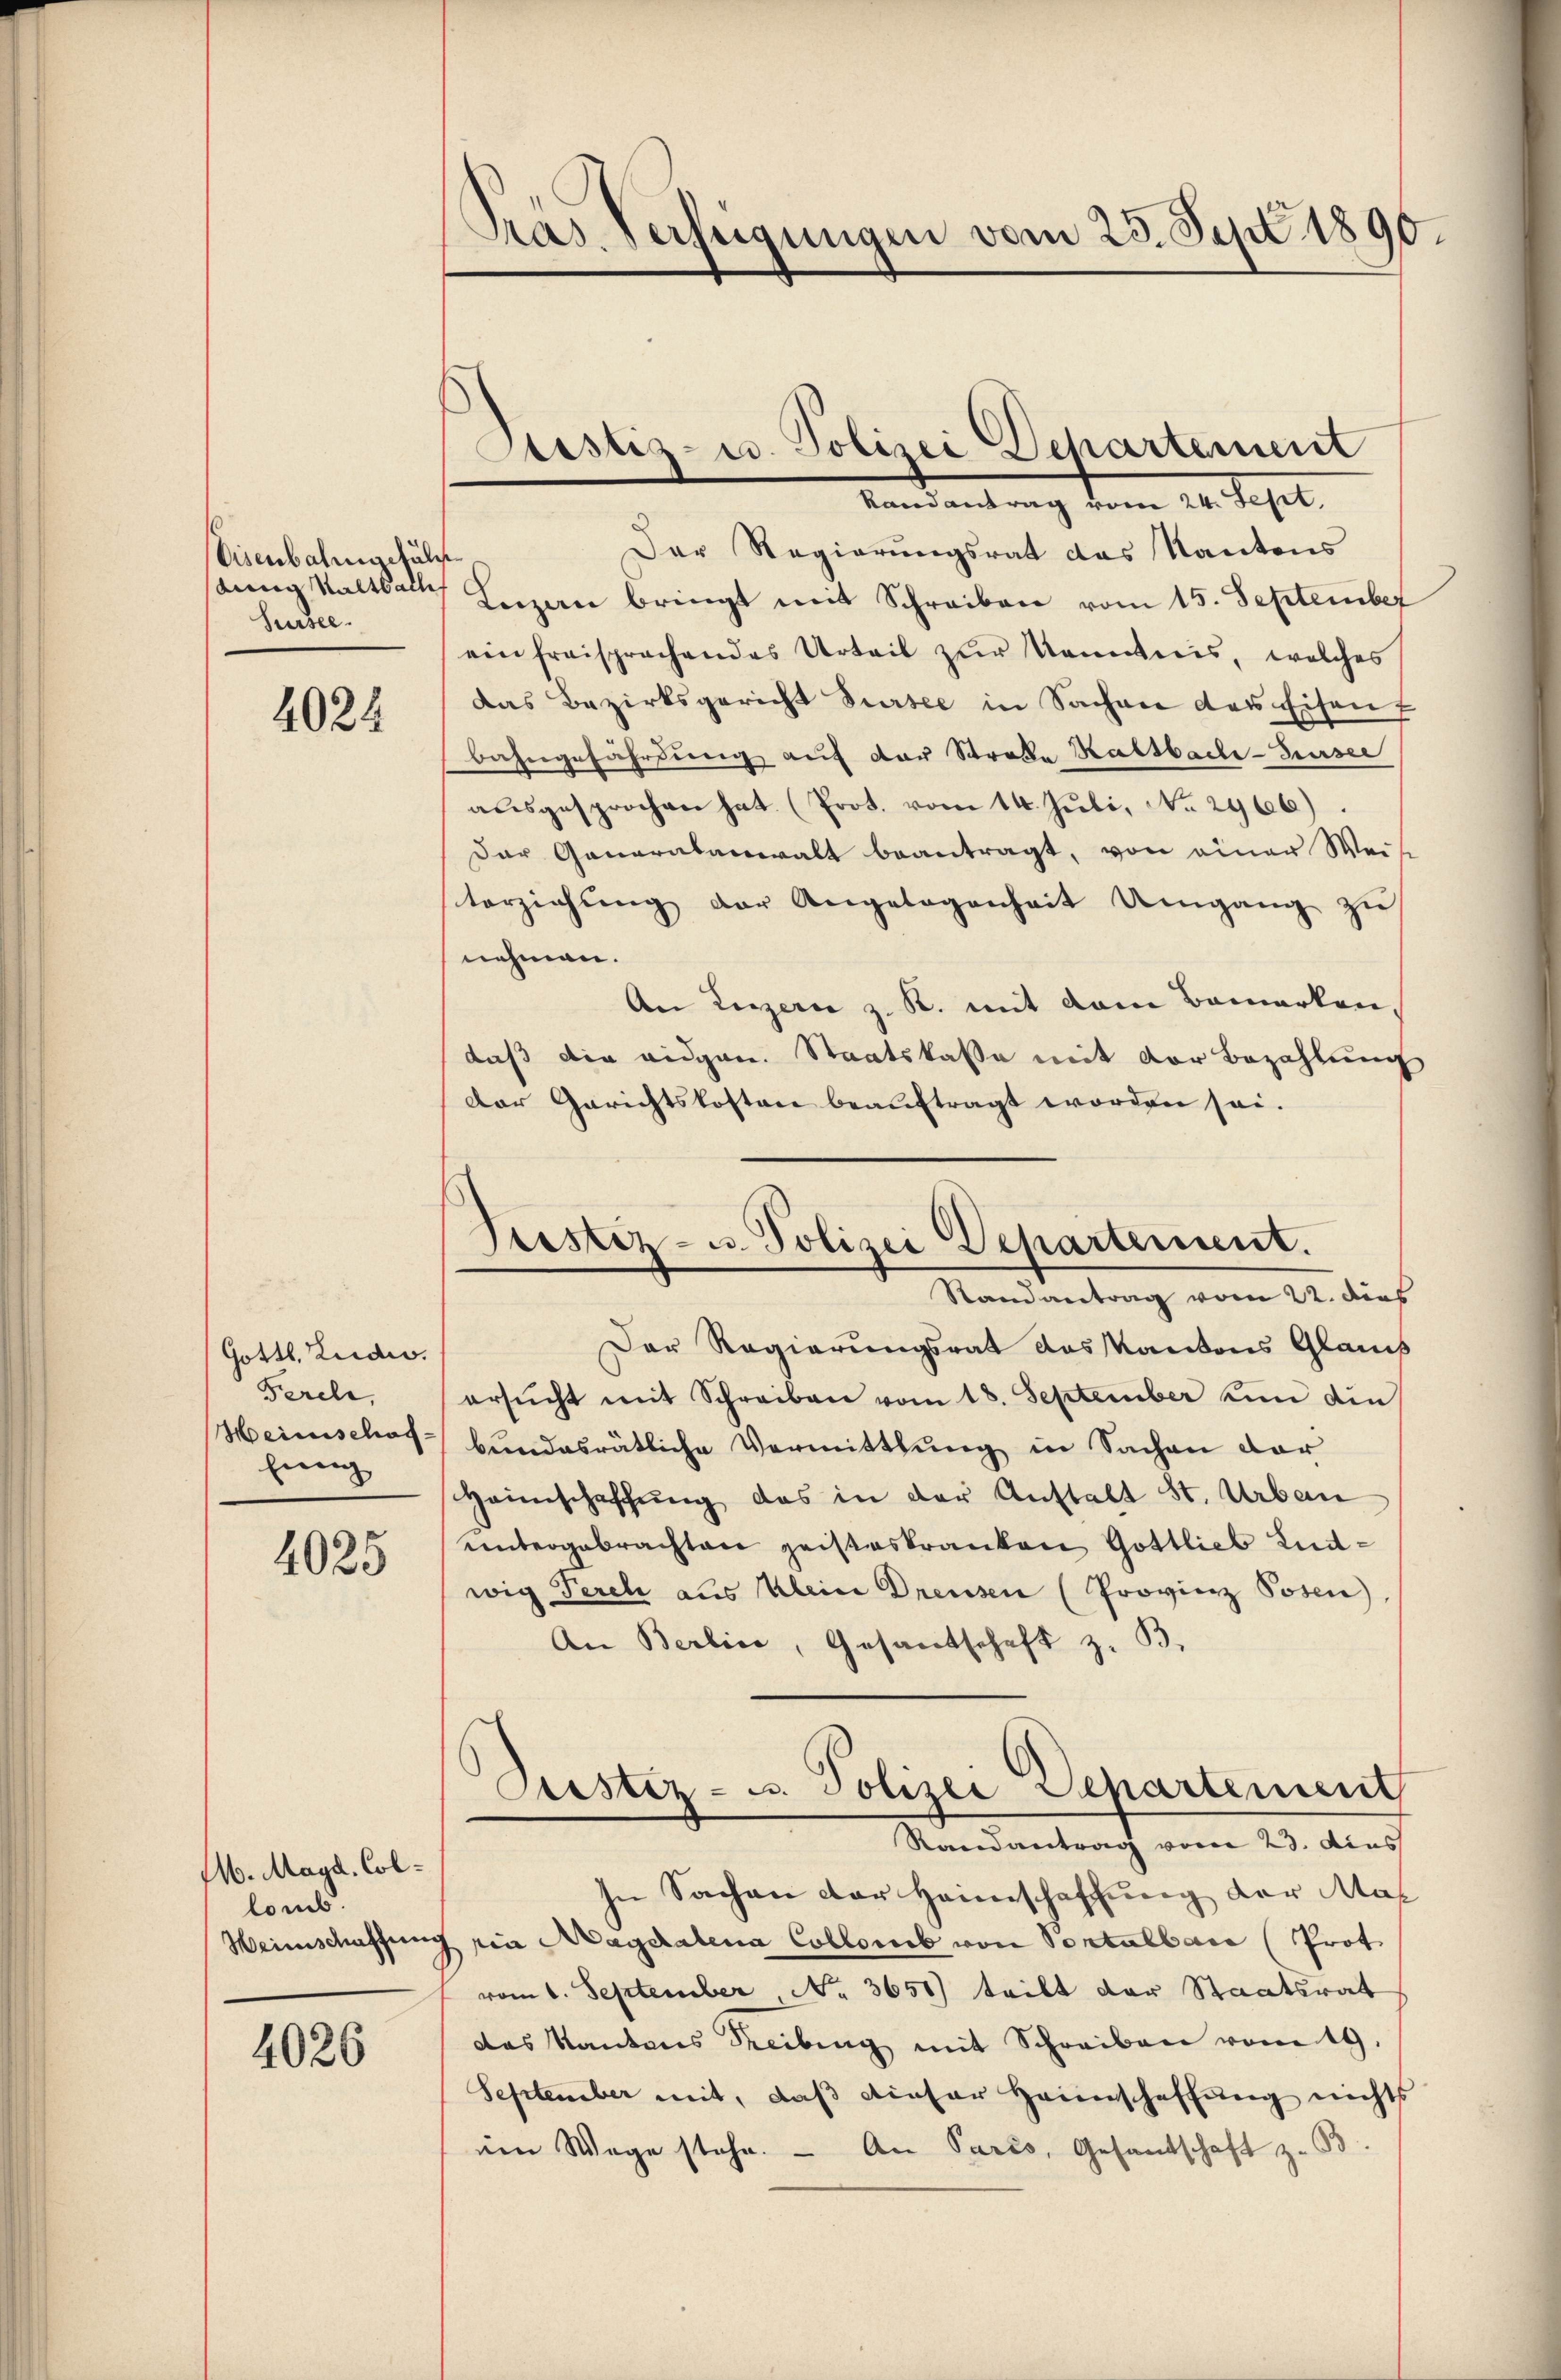
Eisenbahngefäls
dung Kaltball
Sursee.

4024

Gottl. Ludw.
Fercle,
Heinschaf
hung

4025

M. Magd. Collomb.
Weinschaffung

4026

Pras verfeigungen vom 23. Sept. 1890.

Justiz- u. Polizei Dehartement

Mandantrag dem 20. Sept.
Der Regierungsrat das Kantons
Luzern bringt mit Schreiben vom 15. September
ein freisprachendes Urteil zur Kenntnis, welches
das Bezirksgericht Sursee in Sachen des Eisen
bahngefährdung auf der Strobe Kaltbach-Huser
ausgesprochen hat. (Prot. vom 14. Juli, No 2966).
Der Generalanwalt beantragt, von einer Weise
torziehŭng der Angelegenheit Umgang zŭ
nehmen.
An Linzern z. R. mit dem Bemerken.
daß die eidgen. Staatskasse mit der Bezahlung
Der Gerichtskosten beauftragt worden sei.
Randantrag vom 22. dies
Der Regierungsrat das Kantons Glauch
ersŭcht mit Schreiben vom 18. September in die
bundesrätliche Vermittlung in Sachen der
Heimschaffung das in der Anstalt St. Urban
untergebrachten geisteskranken Gottlieb Ludwig Perche aus Klein Dreusen (Provinz Posen)
An Berlica, Gesantschaft z. B.
Custiz- u. Polizei Departement
Randantrag vom 23. dies
In Sachen der Heimschaffung der Mas
rin Magdalena Collorb von Sontulbar (Prot
vom 1. September, No 3650) tritt der Staatsrat
das Kantons Reibung mit Schreiben vom 19.
September mit, daß dieser Heimschaffung nichts
em Wege stehe. - An Paris, Gesandschaft z. 63

Prestiz- u. Polizei Departement.